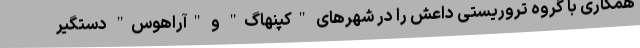
همکاری با گروه تروریستی داعش را در شهرهای "کپنهاگ" و "آراهوس" دستگیر